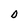
Character: D